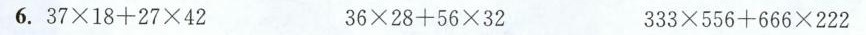
6.$$3 7 \times 1 8 + 2 7 \times 4 2$$ $$3 6 \times 2 8 + 5 6 \times 3 2$$ $$3 3 3 \times 5 5 6 + 6 6 6 \times 2 2 2$$$